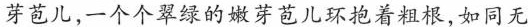
芽苞儿,一个个翠绿的嫩芽苞儿环抱着粗根,如同无